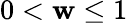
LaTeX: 0<\mathbf{w}\le1